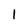
Character: 1